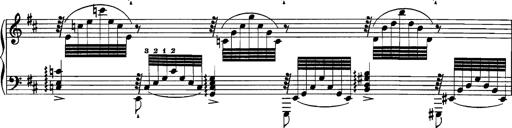
Title: Grandes Etudes
Composer: Franz Liszt